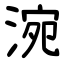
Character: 涴